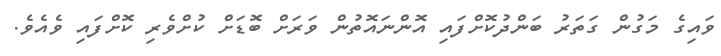
ވައިގެ މަގުން ގަތަރު ބަންދުކޮށްފައި އޮންނައޮތުން ވަރަށް ބޮޑަށް ކުށްވެރި ކޮށްފައި ވެއެވެ.